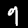
Digit: 9